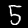
Digit: 5